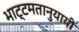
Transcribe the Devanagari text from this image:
भाट्टमतानुयायी